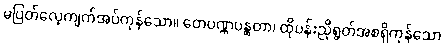
မပြတ်လေ့ကျက်အပ်ကုန်သော။ တေပဏ္ဏပန္ထတာ၊ ထိုပန်းညိုရွတ်အစရှိကုန်သော